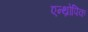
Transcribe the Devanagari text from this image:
एन्थ्रोपिक